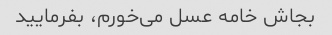
بجاش خامه عسل می‌خورم، بفرمایید